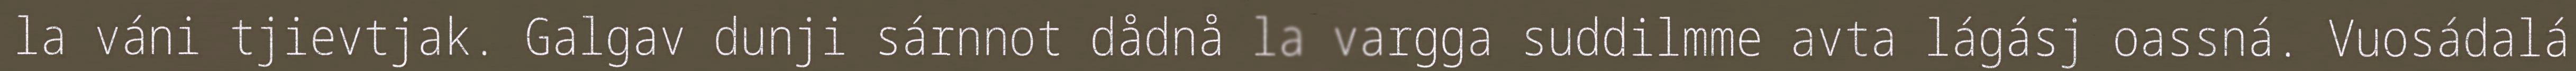
la váni tjievtjak. Galgav dunji sárnnot dådnå la vargga suddilmme avta lágásj oassná. Vuosádalá